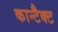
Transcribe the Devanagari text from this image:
कान्टैक्ट